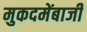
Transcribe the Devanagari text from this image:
मुकदमेंबाजी